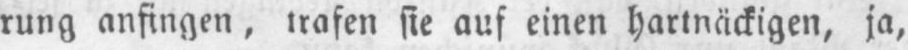
rung anfingen, trafen sie auf einen hartnäckigen, ja,